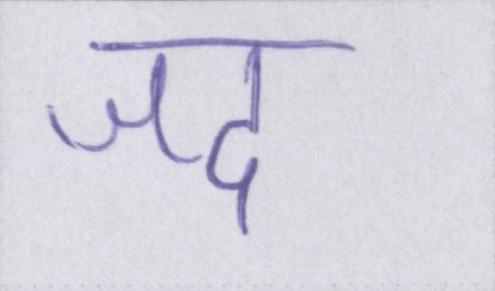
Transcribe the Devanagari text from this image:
जद